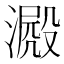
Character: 𣾮